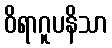
ဝိရာဂူပနိသာ